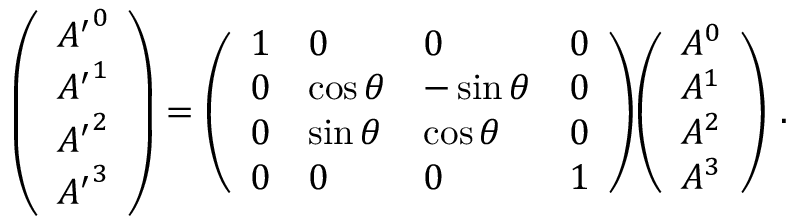
{ \left( \begin{array} { l } { { A ^ { \prime } } ^ { 0 } } \\ { { A ^ { \prime } } ^ { 1 } } \\ { { A ^ { \prime } } ^ { 2 } } \\ { { A ^ { \prime } } ^ { 3 } } \end{array} \right) } = { \left( \begin{array} { l l l l } { 1 } & { 0 } & { 0 } & { 0 } \\ { 0 } & { \cos \theta } & { - \sin \theta } & { 0 } \\ { 0 } & { \sin \theta } & { \cos \theta } & { 0 } \\ { 0 } & { 0 } & { 0 } & { 1 } \end{array} \right) } { \left( \begin{array} { l } { A ^ { 0 } } \\ { A ^ { 1 } } \\ { A ^ { 2 } } \\ { A ^ { 3 } } \end{array} \right) } \ .